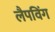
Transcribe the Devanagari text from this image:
लैपविंग